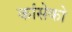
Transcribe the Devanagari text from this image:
कांसेको